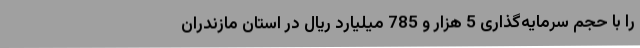
را با حجم سرمایه‌گذاری 5 هزار و 785 میلیارد ریال در استان مازندران